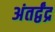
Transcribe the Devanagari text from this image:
अंतर्द्वंद्र